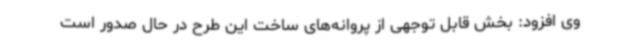
وی افزود: بخش قابل توجهی از پروانه‌های ساخت این طرح در حال صدور است